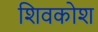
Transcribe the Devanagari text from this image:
शिवकोश